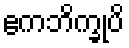
ဧကဘိက္ခုပိ